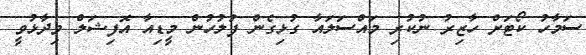
ސަމާހު ކޯޓަށް ހާޒިރު ނުކުރި މައްސަލައާ ގުޅިގެން ފުލުހުން މީޑިއާ އޮފިޝަލް ވިދާޅުވީ